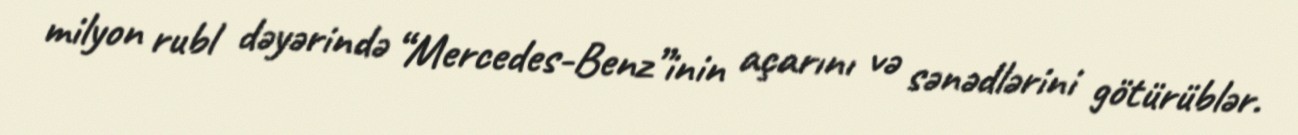
milyon rubl dəyərində “Mercedes-Benz”inin açarını və sənədlərini götürüblər.